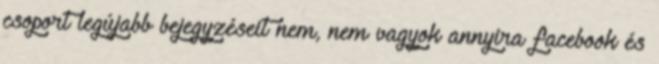
csoport legújabb bejegyzéseit nem, nem vagyok annyira facebook és